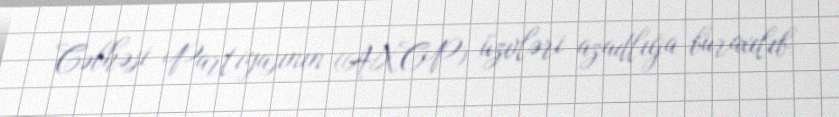
Cəbhəsi Partiyasının (AXCP) üzvləri azadlığa buraxılıb.